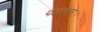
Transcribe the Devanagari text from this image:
पलस्तर।